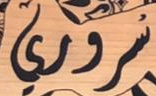
سروري